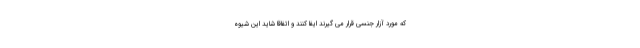
که مورد آزار جنسی قرار می گیرند ایفا کنند و اتفاقاً شاید این شیوه